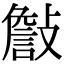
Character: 𣀁